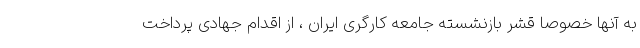
به آنها خصوصا قشر بازنشسته جامعه کارگری ایران ، از اقدام جهادی پرداخت